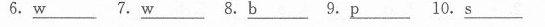
6.\underline{w} 7.\underline{w} 8.\underline{b} 9.\underline{p} 10.\underline{s}